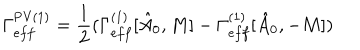
\Gamma _ { e f f } ^ { \mathrm { P V } ( 1 ) } = { \frac { 1 } { 2 } } ( \Gamma _ { e f f } ^ { ( 1 ) } [ \hat { A } _ { 0 } , M ] - \Gamma _ { e f f } ^ { ( 1 ) } [ \hat { A } _ { 0 } , - M ] )